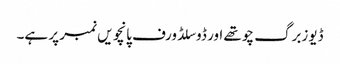
ڈیوزبرگ چوتھے اور ڈوسلڈورف پانچویں نمبر پر ہے۔